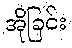
အိုခြင်း